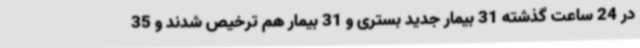
در 24 ساعت گذشته 31 بیمار جدید بستری و 31 بیمار هم ترخیص شدند و 35